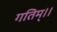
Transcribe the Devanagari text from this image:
गतिम्।।